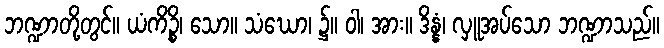
ဘဏ္ဍာတို့တွင်။ ယံကိဉ္စိ၊ သော။ သံဃော၊ ၌။ ဝါ၊ အား။ ဒိန္နံ၊ လှူအပ်သော ဘဏ္ဍာသည်။